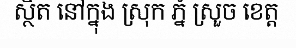
ស្ថិត នៅក្នុង ស្រុក ភ្នំ ស្រួច ខេត្ត